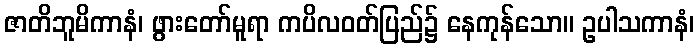
ဇာတိဘူမိကာနံ၊ ဖွားတော်မူရာ ကပိလဝတ်ပြည်၌ နေကုန်သော။ ဥပါသကာနံ၊